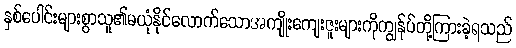
နှစ်ပေါင်းများစွာသူ၏မယုံနိုင်လောက်သောအကျိုးကျေးဇူးများကိုကျွန်ုပ်တို့ကြားခဲ့ရသည်